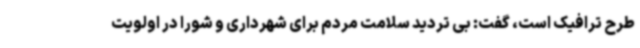
طرح ترافیک است، گفت: بی تردید سلامت مردم برای شهرداری و شورا در اولویت